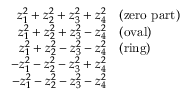
\begin{array} { r l } { z _ { 1 } ^ { 2 } + z _ { 2 } ^ { 2 } + z _ { 3 } ^ { 2 } + z _ { 4 } ^ { 2 } } & { { } { \mathrm { ( z e r o ~ p a r t ) } } } \\ { z _ { 1 } ^ { 2 } + z _ { 2 } ^ { 2 } + z _ { 3 } ^ { 2 } - z _ { 4 } ^ { 2 } } & { { } { \mathrm { ( o v a l ) } } } \\ { z _ { 1 } ^ { 2 } + z _ { 2 } ^ { 2 } - z _ { 3 } ^ { 2 } - z _ { 4 } ^ { 2 } } & { { } { \mathrm { ( r i n g ) } } } \\ { - z _ { 1 } ^ { 2 } - z _ { 2 } ^ { 2 } - z _ { 3 } ^ { 2 } + z _ { 4 } ^ { 2 } } \\ { - z _ { 1 } ^ { 2 } - z _ { 2 } ^ { 2 } - z _ { 3 } ^ { 2 } - z _ { 4 } ^ { 2 } } \end{array}